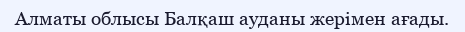
Алматы облысы Балқаш ауданы жерімен ағады.